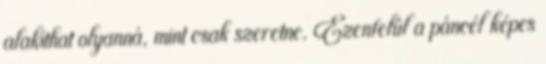
alakíthat olyanná, mint csak szeretne. Ezenfelül a páncél képes